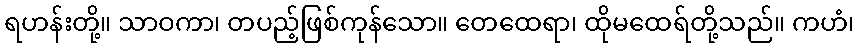
ရဟန်းတို့။ သာဝကာ၊ တပည့်ဖြစ်ကုန်သော။ တေထေရာ၊ ထိုမထေရ်တို့သည်။ ကဟံ၊